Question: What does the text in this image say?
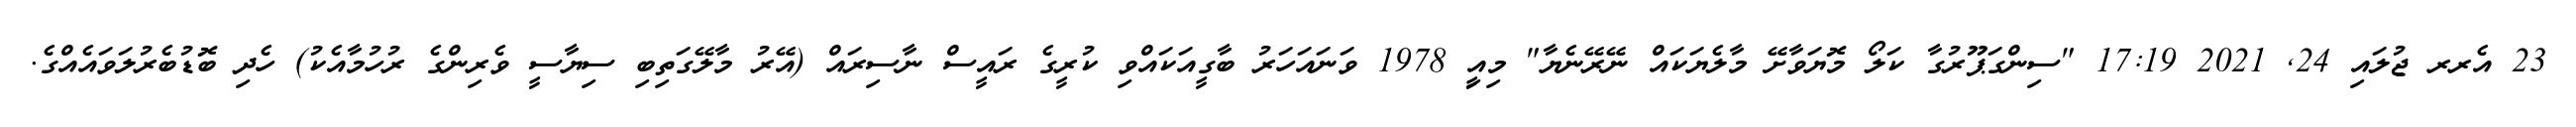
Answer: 23 އެރރ ޖުލައި 24, 2021 17:19 "ސިންގަޕޫރުގާ ކަލޯ މޮޔަވާށޭ މާލެޔަކައް ނޭރޭނެޔާ" މިއިީ 1978 ވަނައަހަރު ބާގީއަކައްވި ކުރީގެ ރައީސް ނާސިރައް (އޭރު މާލޭގަތިބި ސިޔާސީ ވެރިންގެ ރުހުމާއެކު) ހެދި ބޮޑުބެރުލަވައެއްގެ.